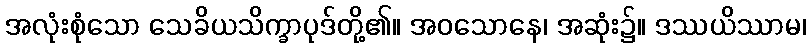
အလုံးစုံသော သေခိယသိက္ခာပုဒ်တို့၏။ အဝသောနေ၊ အဆုံး၌။ ဒဿယိဿာမ၊